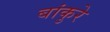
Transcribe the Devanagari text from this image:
बांकुरे